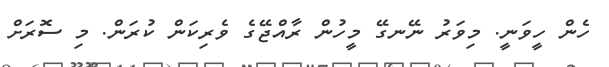
ހެން ހީވަނީ. މިވަރު ނޭނގޭ މީހުން ރާއްޖޭގެ ވެރިކަން ކުރަން. މި ސޮރަށް